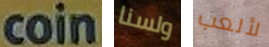
coin ولسنا لألعب